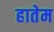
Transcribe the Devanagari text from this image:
हातेम